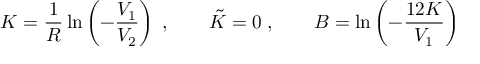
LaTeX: K = \frac { 1 } { R } \ln \left( - \frac { V _ { 1 } } { V _ { 2 } } \right) \; , \qquad \tilde { K } = 0 \; , \qquad B = \ln \left( - \frac { 1 2 K } { V _ { 1 } } \right)